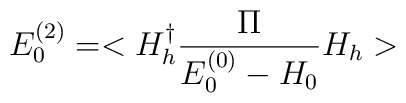
E^{(2)}_{0}=<H_{h}^{\dagger}\frac{\Pi}{E_{0}^{(0)}-H_{0}}H_{h}>